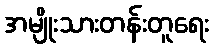
အမျိုးသားတန်းတူရေး